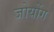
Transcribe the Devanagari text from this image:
जोयोंग